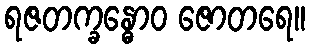
ရဇတက္ခန္ဓောဝ ဇောတရေ။